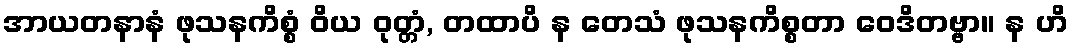
အာယတနာနံ ဖုသနကိစ္စံ ဝိယ ဝုတ္တံ, တထာပိ န တေသံ ဖုသနကိစ္စတာ ဝေဒိတဗ္ဗာ။ န ဟိ